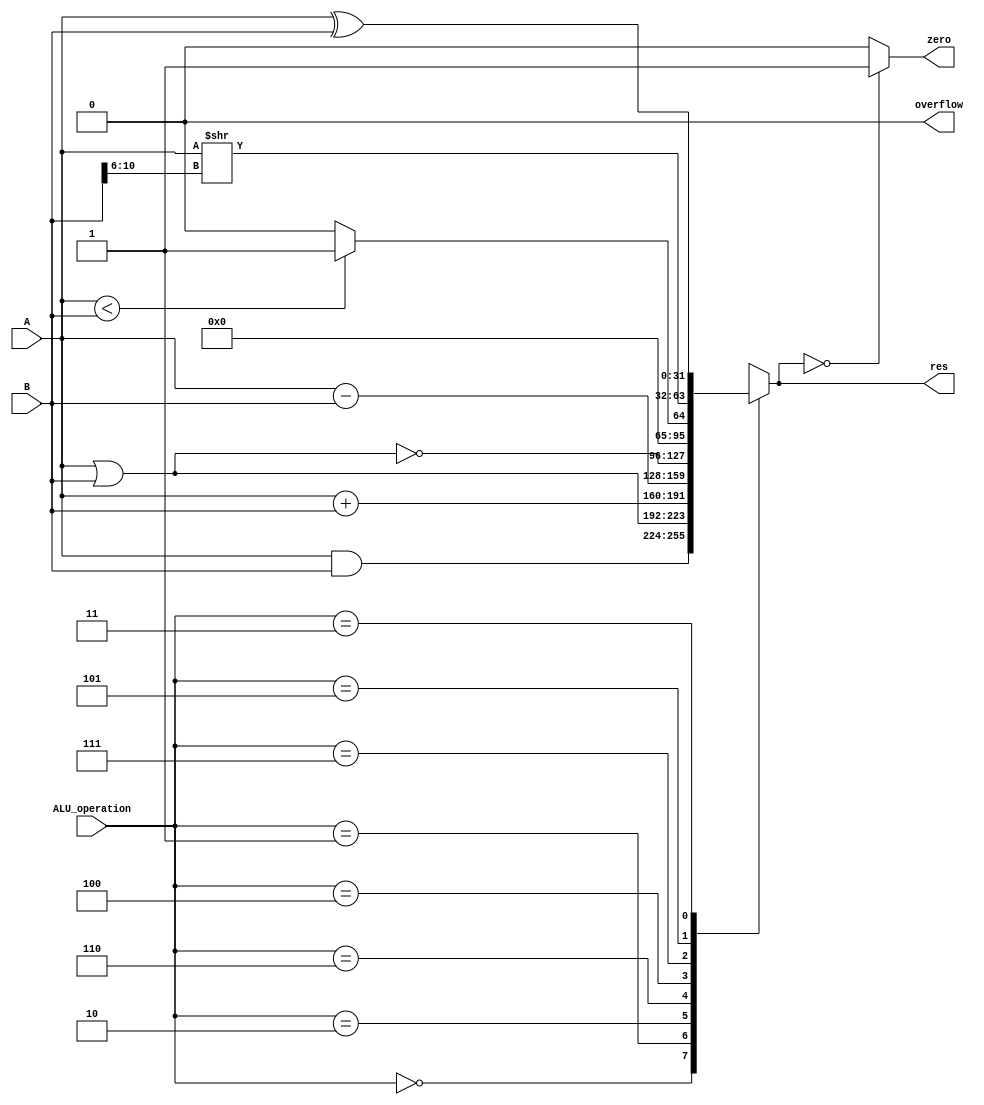
module alu(input [31:0]A, B,
			input[2:0] ALU_operation,
			output[31:0] res,
			output zero, overflow);
	wire [31:0] res_and,res_or,res_add,res_sub,res_nor,res_slt,res_srl,res_xor;
	reg[31:0] res;
	parameter one = 32'h00000001, zero_0 = 32'h00000000;
	assign res_and= A&B;
	assign res_or= A|B;
	assign {overflow,res_add}=(ALU_operation==010)? (A+B):{1'b0,{A+B}};
	assign {overflow,res_sub}=(ALU_operation==110)? (A-B):{1'b0,{A-B}};
	assign res_srl=A>>B[10:6];
	assign res_xor=A^B;
	assign res_slt=(A < B) ? one : zero_0;

	always@ * begin
		case (ALU_operation)
			3'b000: res=res_and;
			3'b001: res=res_or;
			3'b010: res=res_add;
			3'b110: res=res_sub;
			3'b100: res=~(A|B);
			3'b111: res=res_slt;
			3'b101: res=res_srl;
			3'b011: res=res_xor;
			default: res=32'hx;
		endcase
	end
	assign zero = (res==0)? 1: 0;
endmodule